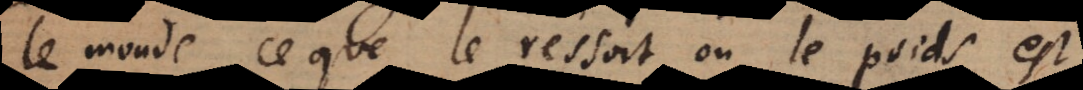
le monde ce que le ressort ou le poids est